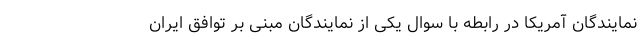
نمایندگان آمریکا در رابطه با سوال یکی از نمایندگان مبنی بر توافق ایران